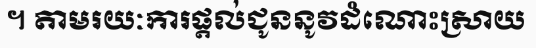
។ តាមរយៈការផ្តល់ជូននូវដំណោះស្រាយ